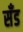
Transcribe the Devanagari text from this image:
सॅंड